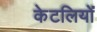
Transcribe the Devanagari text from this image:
केटलियों